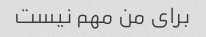
برای من مهم نیست